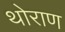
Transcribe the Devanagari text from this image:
थोराण